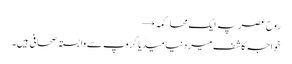
روحِ عصر پہ ایک محاکمہ →
خواجہ کاشف میر دنیا میڈیا گروپ سے وابستہ صحافی ہیں۔